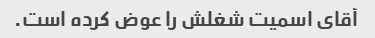
آقای اسمیت شغلش را عوض کرده است.